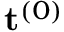
\mathbf { t } ^ { ( 0 ) }